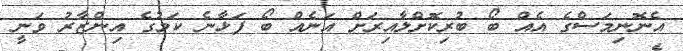
އެނޮނިމަސްގެ އެއް ބޯ ބުރިކޮށްލާއިރަށް އަނެއް ބޯ ފަޅާނެ ކަމުގެ އިންޒާރު ވަނީ